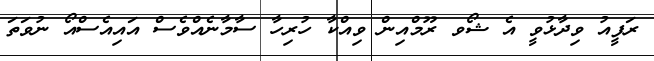
ރަފީއު ވިދާޅުވީ އެ ޝޯވ ރޫމްއިން ވިއްކާ ހުރިހާ ސާމާނެއްވެސް އައިއެސްއޯ ނުވަތަ